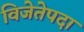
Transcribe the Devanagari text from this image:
विजेतेपदा